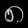
Digit: ၈